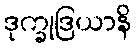
ဒုက္ခုဒြယာနိ